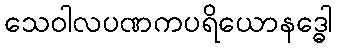
သေဝါလပဏကပရိယောနဒ္ဓေါ